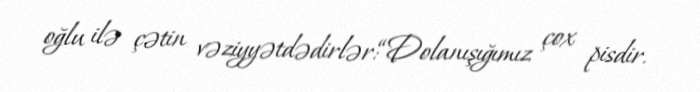
oğlu ilə çətin vəziyyətdədirlər:“Dolanışığımız çox pisdir.